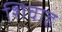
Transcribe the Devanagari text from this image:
शिवाह